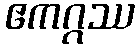
ဧကဂ္ဂဿ